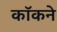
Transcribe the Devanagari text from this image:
कॉकने